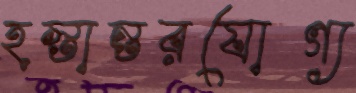
হস্তান্তরযোগ্য